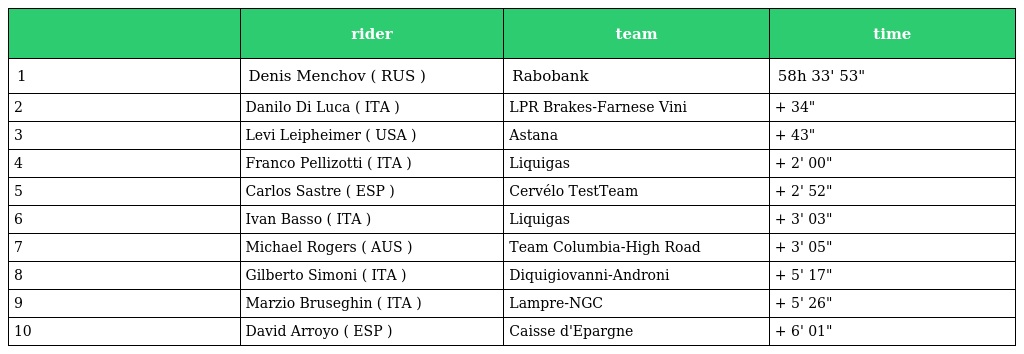
|  | rider | team | time |
 | --- | --- | --- | --- |
 | 1 | Denis Menchov ( RUS ) | Rabobank | 58h 33' 53" |
 | 2 | Danilo Di Luca ( ITA ) | LPR Brakes-Farnese Vini | + 34" |
 | 3 | Levi Leipheimer ( USA ) | Astana | + 43" |
 | 4 | Franco Pellizotti ( ITA ) | Liquigas | + 2' 00" |
 | 5 | Carlos Sastre ( ESP ) | Cervélo TestTeam | + 2' 52" |
 | 6 | Ivan Basso ( ITA ) | Liquigas | + 3' 03" |
 | 7 | Michael Rogers ( AUS ) | Team Columbia-High Road | + 3' 05" |
 | 8 | Gilberto Simoni ( ITA ) | Diquigiovanni-Androni | + 5' 17" |
 | 9 | Marzio Bruseghin ( ITA ) | Lampre-NGC | + 5' 26" |
 | 10 | David Arroyo ( ESP ) | Caisse d'Epargne | + 6' 01" |